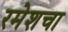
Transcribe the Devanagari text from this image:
रमेशचा